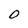
Character: 0